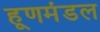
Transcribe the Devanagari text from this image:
हूणमंडल